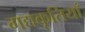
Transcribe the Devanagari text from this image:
गद्यकृतियाँ